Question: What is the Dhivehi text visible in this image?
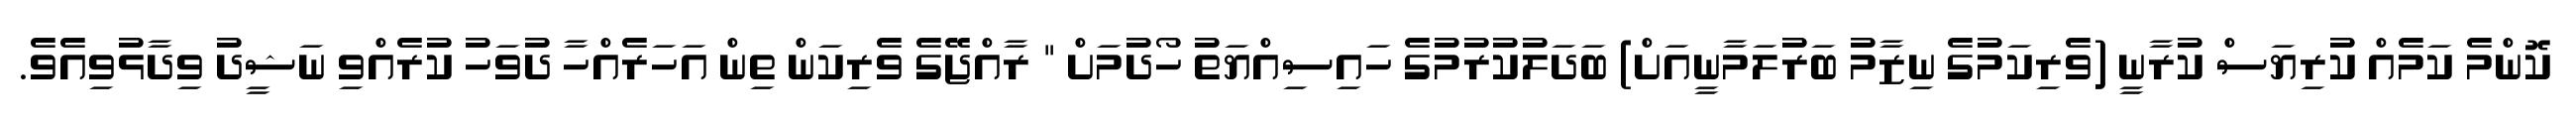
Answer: ކޮންމެ ކަމެއް ކުރިޔަސް ކުރާނީ (ވެރިކަމުގެ ނިޒާމު ބަރުލަމާނީއަށް) ބަދަލުކުރުމުގެ ހައިސިއްޔަތު ހޯދުމަށް " ރާއްޖޭގެ ވެރިކަން ތިން އަހަރެއްހާ ދުވަހު ކުރެއްވި ނަޝީދު ވިދާޅުވިއެވެ.